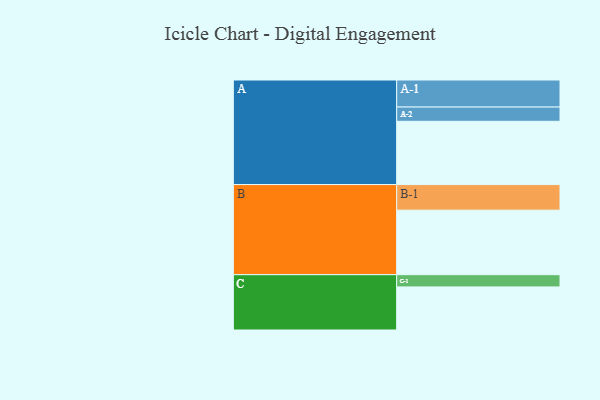
{"axis": {"x": "Segment", "y": "Value"}, "legend": ["", "A", "B", "C"], "data": [{"x": "A", "y": 564, "type": ""}, {"x": "B", "y": 575, "type": ""}, {"x": "C", "y": 384, "type": ""}, {"x": "A-1", "y": 241, "type": "A"}, {"x": "A-2", "y": 127, "type": "A"}, {"x": "B-1", "y": 228, "type": "B"}, {"x": "C-1", "y": 109, "type": "C"}]}